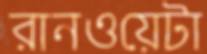
রানওয়েটা